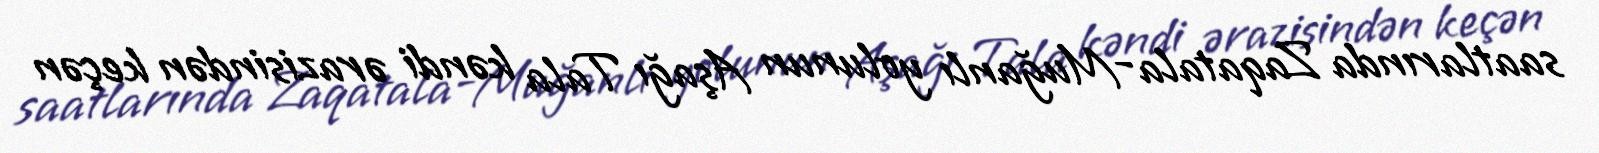
saatlarında Zaqatala-Muğanlı yolunun Aşağı Tala kəndi ərazisindən keçən